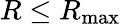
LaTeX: R\leq R_{\operatorname*{max}}